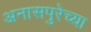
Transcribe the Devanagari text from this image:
अनासपुरेच्या